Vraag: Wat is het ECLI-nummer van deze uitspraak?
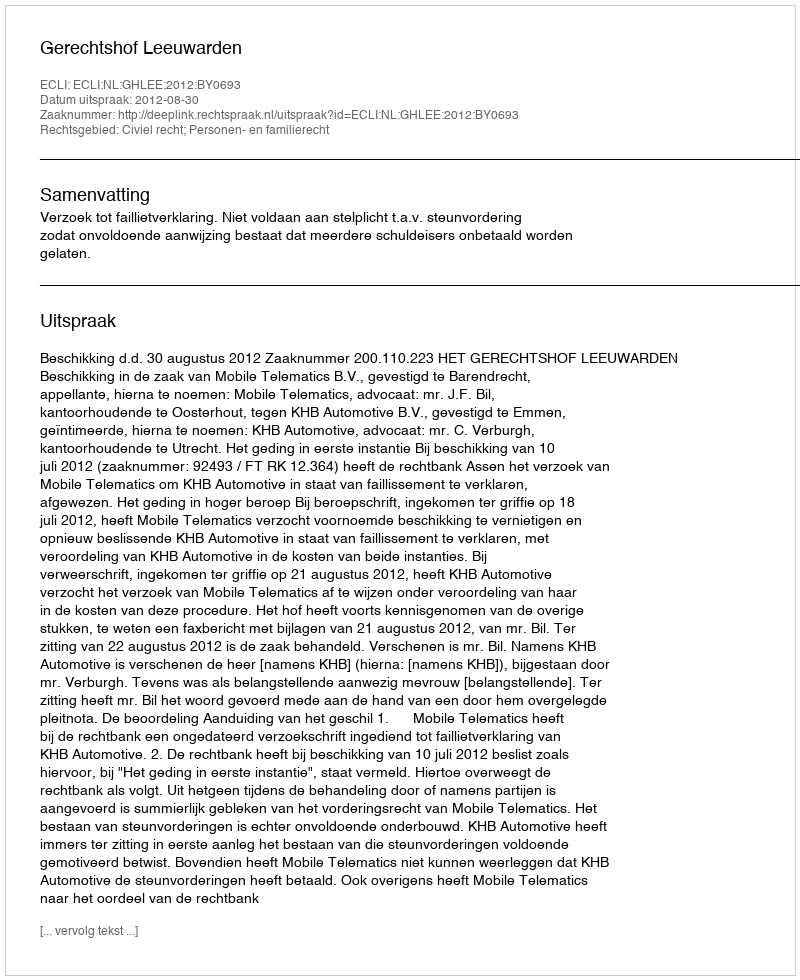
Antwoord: ECLI:NL:GHLEE:2012:BY0693